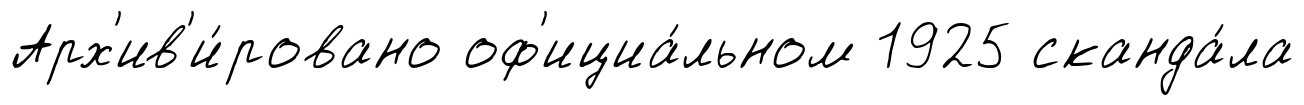
Арх'ив'и́ровано оф'ициа́льном 1925 сканда́ла